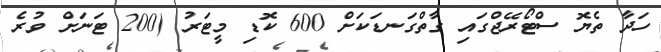
ހަދާ ތެޔޮ ސްޓޯރޭޖްގައި ގާތްގަނޑަކަށް 600 ކޮޑި މީޓަރު (200 ޓަނަށް ވުރެ